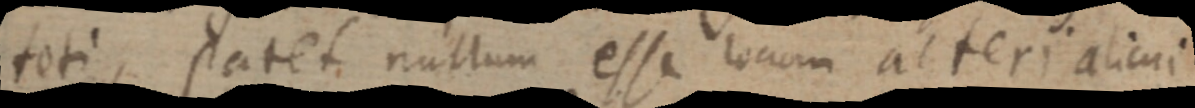
toti, patet nullum esse locum alteri alicui